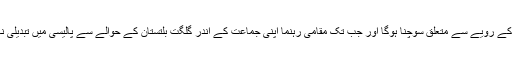
انہوں نے کہا کہ گلگت بلتستان کے مقامی رہنمائوں کو اپنے مرکزی قائدین کے رویے سے متعلق سوچنا ہوگا اور جب تک مقامی رہنما اپنی جماعت کے اندر گلگت بلتستان کے حوالے سے پالیسی میں تبدیلی نہیں لائینگے تب تک اس جماعت سے کوئی توقع رکھنا فضول اور عبث ہے۔